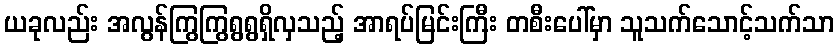
ယခုလည်း အလွန်ကြွကြွရွရွရှိလှသည့် အာရပ်မြင်းကြီး တစီးပေါ်မှာ သူသက်သောင့်သက်သာ